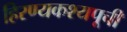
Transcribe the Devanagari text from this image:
हिरण्यकश्यपूची